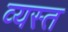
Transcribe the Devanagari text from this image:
व्‍यस्त